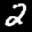
Digit: 2